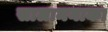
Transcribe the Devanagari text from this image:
सालामनाका